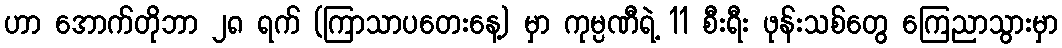
ဟာ အောက်တိုဘာ ၂၈ ရက် (ကြာသာပတေးနေ့) မှာ ကုမ္ပဏီရဲ့ 11 စီးရီး ဖုန်းသစ်တွေ ကြေညာသွားမှာ